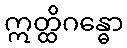
ဣတ္ထိဂန္ဓော